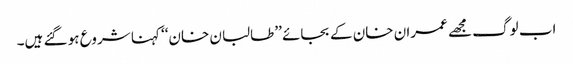
اب لوگ مجھے عمران خان کے بجائے ’’طالبان خان‘‘ کہنا شروع ہو گئے ہیں۔